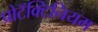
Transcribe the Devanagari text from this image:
प्रोटॅक्टिनियम